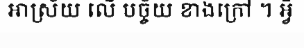
អាស្រ័យ លើ បច្ច័យ ខាងក្រៅ ។ អ្វី